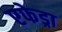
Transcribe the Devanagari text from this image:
एफेड्रा